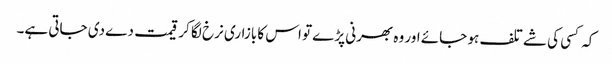
کہ کسی کی شے تلف ہو جائے اور وہ بھرنی پڑے تو اس کا بازاری نرخ لگا کر قیمت دے دی جاتی ہے۔